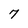
Character: 7